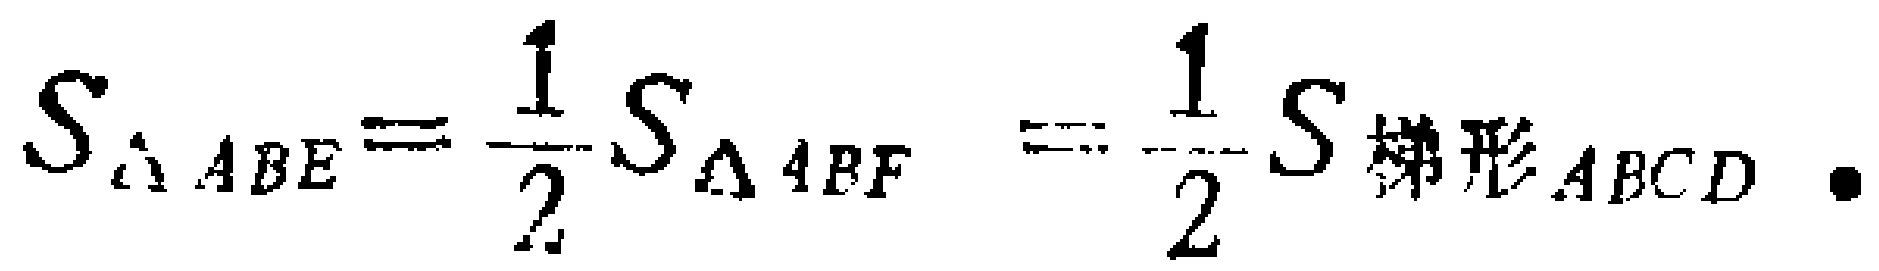
$S_{\triangle ABE}=\frac{1}{2}S_{\triangle ABF}=\frac{1}{2}S_{梯形ABCD}.$